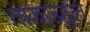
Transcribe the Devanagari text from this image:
तफ़ज़्ज़ुल